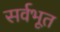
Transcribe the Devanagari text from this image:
सर्वभूत